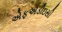
એફએડીઇસી